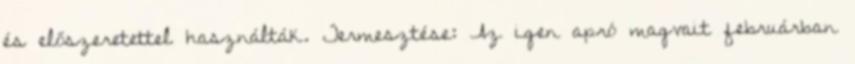
és előszeretettel használták. Termesztése: Az igen apró magvait februárban